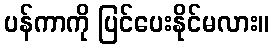
ပန်ကာကို ပြင်ပေးနိုင်မလား။